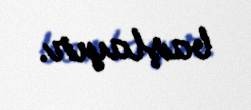
başlayır.